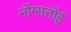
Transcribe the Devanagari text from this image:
नोंग्सतोंई